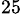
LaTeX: _{25}